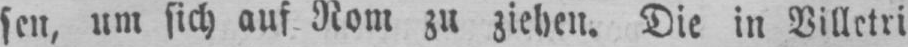
sen, um sich auf Rom zu ziehen. Die in Villetri